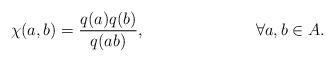
LaTeX: \begin{align*}\chi(a,b)=\frac{q(a)q(b)}{q(ab)}, && \forall a,b \in A. \end{align*}